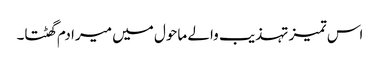
اس تمیز تہذیب والے ماحول میں میرا دم گھٹتا۔